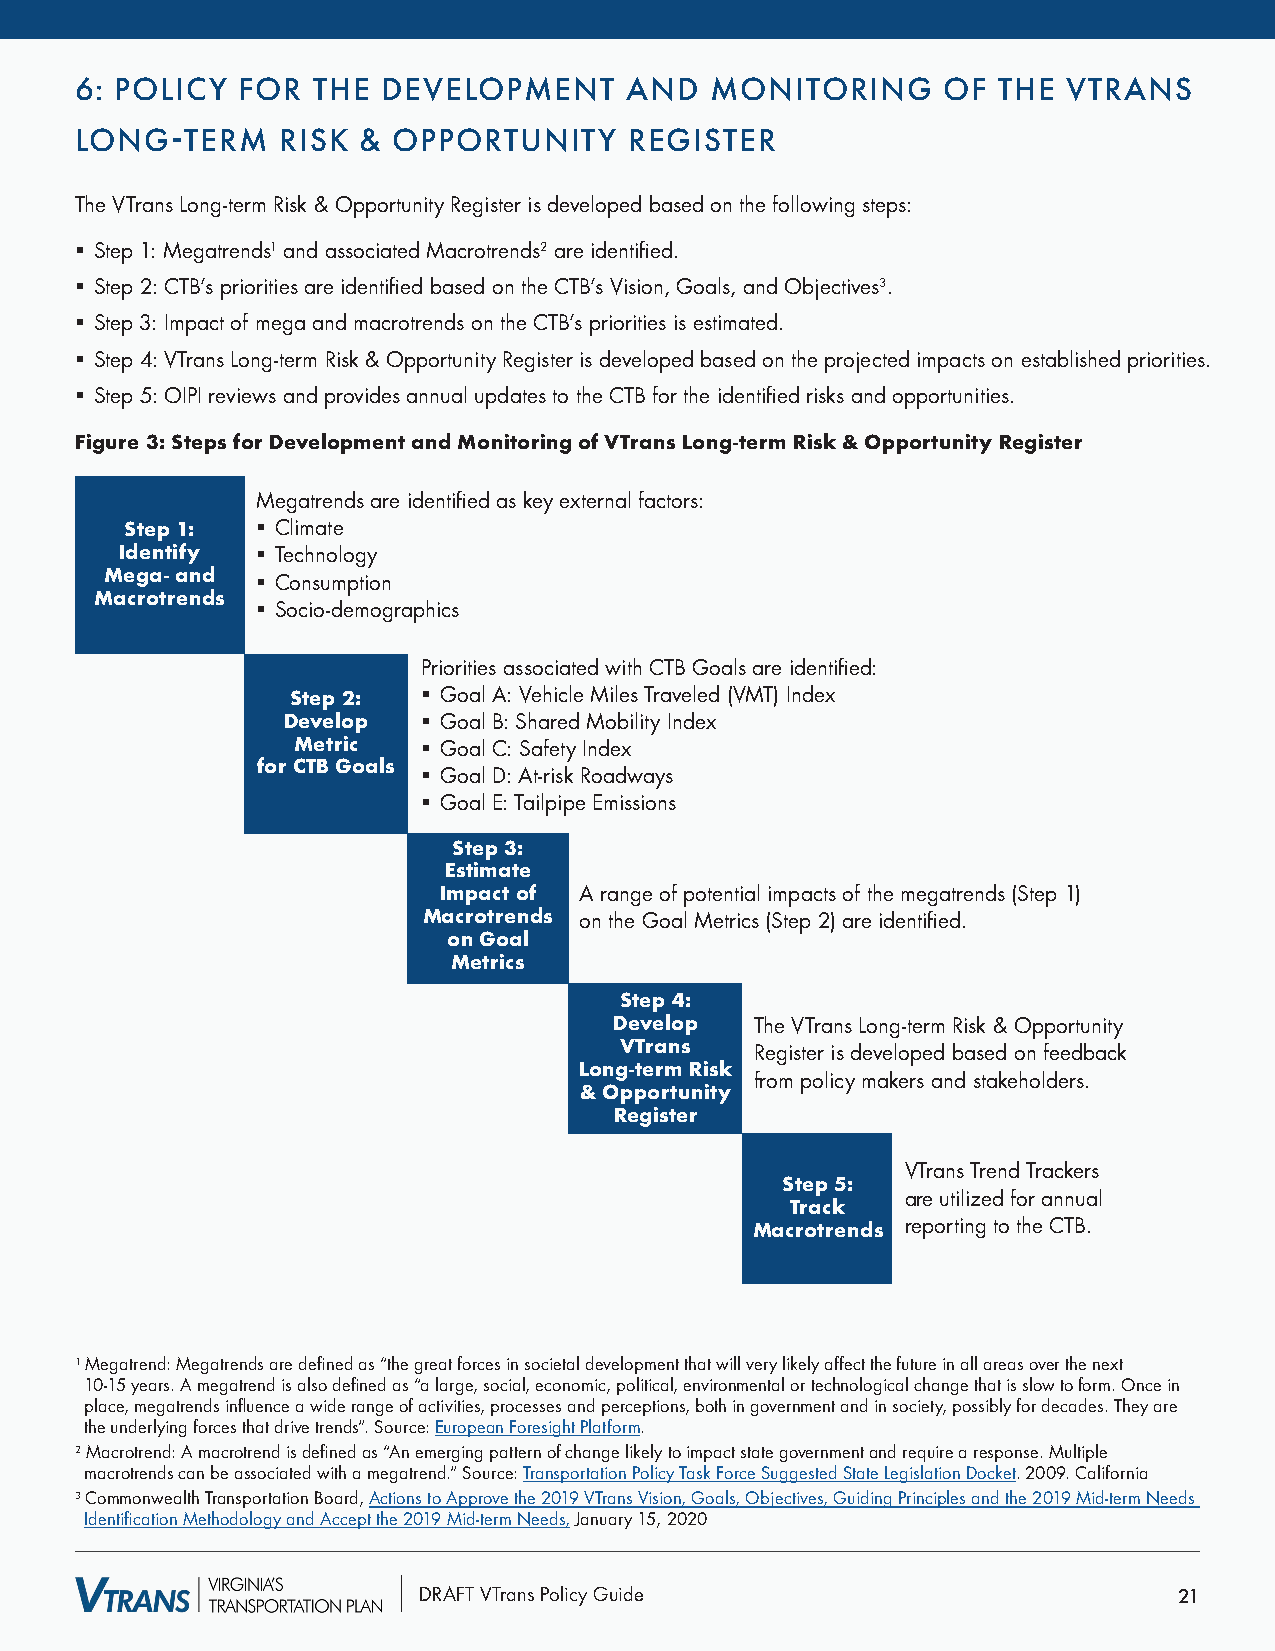
6: POLICY  FOR  THE DEVELOPMENT     AND   MONITORING      OF THE  VTRANS
 LONG-TERM    RISK  & OPPORTUNITY     REGISTER
 The VTrans Long-term Risk & Opportunity Register is developed based on the following steps:
 § Step 1: Megatrends1 and associated Macrotrends2 are identified.
 § Step 2: CTB’s priorities are identified based on the CTB’s Vision, Goals, and Objectives3.
 § Step 3: Impact of mega and macrotrends on the CTB’s priorities is estimated.
 § Step 4: VTrans Long-term Risk & Opportunity Register is developed based on the projected impacts on established priorities.
 § Step 5: OIPI reviews and provides annual updates to the CTB for the identified risks and opportunities.
 Figure 3: Steps for Development and Monitoring of VTrans Long-term Risk & Opportunity Register
 Megatrends are identified as key external factors:
 Step 1:  § Climate
 Identify § Technology
 Mega- and § Consumption
 Macrotrends
 § Socio-demographics
 Priorities associated with CTB Goals are identified:
 Step 2:  § Goal A: Vehicle Miles Traveled (VMT) Index
 Develop  § Goal B: Shared Mobility Index
 Metric   § Goal C: Safety Index
 for CTB Goals § Goal D: At-risk Roadways
 § Goal E: Tailpipe Emissions
 Step 3:
 Estimate
 Impact of A range of potential impacts of the megatrends (Step 1)
 Macrotrends on the Goal Metrics (Step 2) are identified.
 on Goal
 Metrics
 Step 4:
 Develop  The VTrans Long-term Risk & Opportunity
 VTrans   Register is developed based on feedback
 Long-term Risk
 from policy makers and stakeholders.
 & Opportunity
 Register
 VTrans Trend Trackers
 Step 5:
 are utilized for annual
 Track
 reporting to the CTB.
 Macrotrends
 1 Megatrend: Megatrends are defined as “the great forces in societal development that will very likely affect the future in all areas over the next
 10-15 years. A megatrend is also defined as “a large, social, economic, political, environmental or technological change that is slow to form. Once in
 place, megatrends influence a wide range of activities, processes and perceptions, both in government and in society, possibly for decades. They are
 the underlying forces that drive trends”. Source: European Foresight Platform.
 2 Macrotrend: A macrotrend is defined as “An emerging pattern of change likely to impact state government and require a response. Multiple
 macrotrends can be associated with a megatrend.” Source: Transportation Policy Task Force Suggested State Legislation Docket. 2009. California
 3 Commonwealth Transportation Board, Actions to Approve the 2019 VTrans Vision, Goals, Objectives, Guiding Principles and the 2019 Mid-term Needs
 Identification Methodology and Accept the 2019 Mid-term Needs, January 15, 2020
 DRAFT VTrans Policy Guide                         21